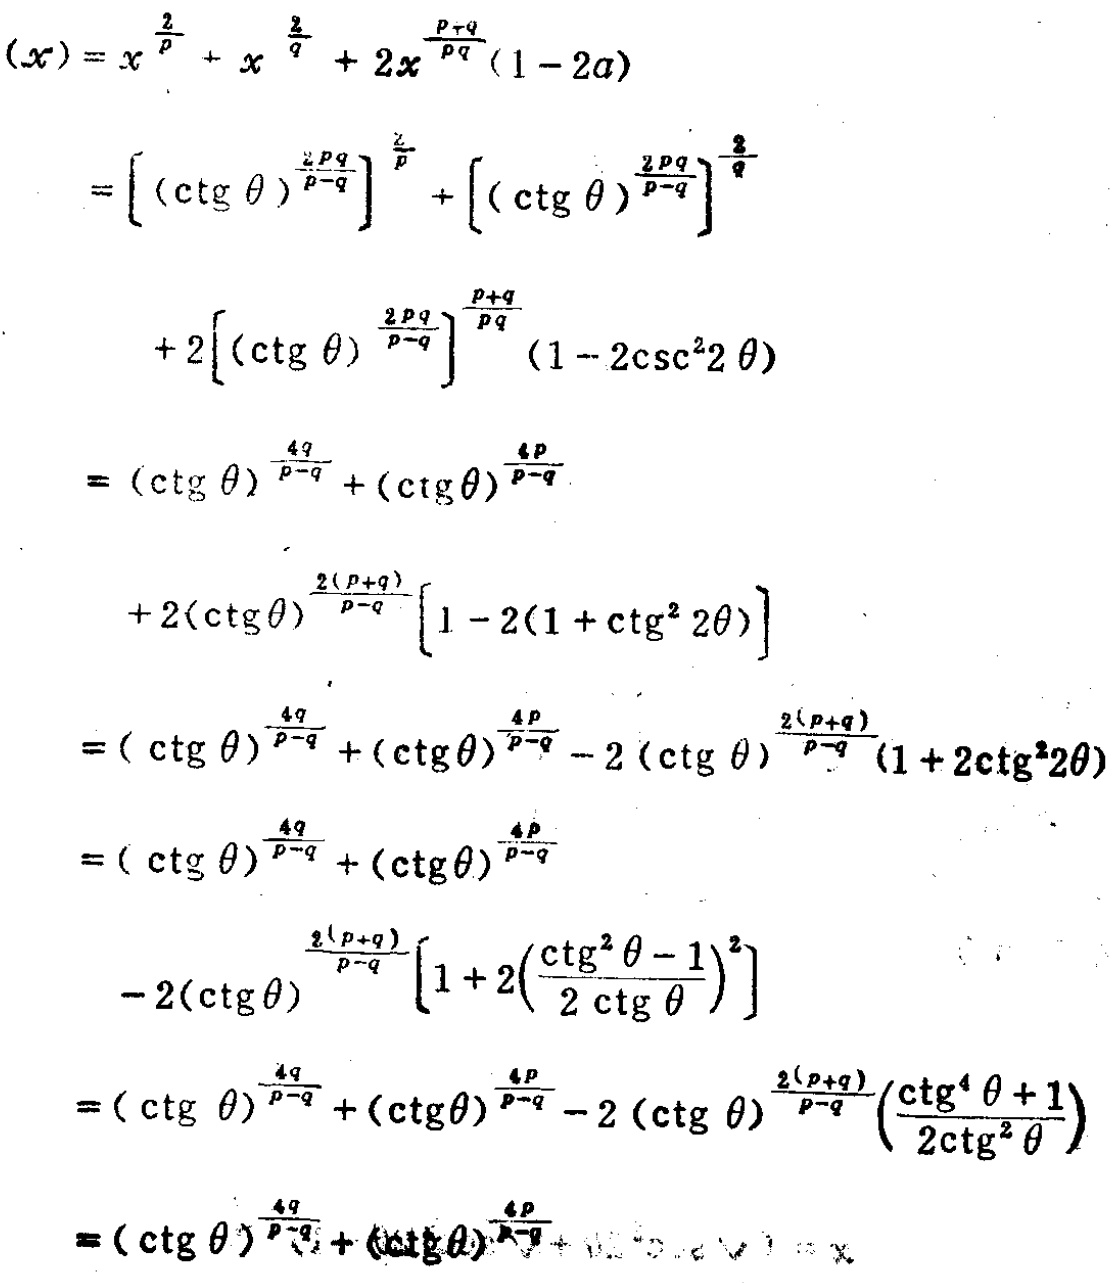
\begin{align*}
(x)&=x^{\frac{2}{p}} + x^{\frac{2}{q}} + 2x^{\frac{p + q}{pq}}(1 - 2a)\\
&=\left[(\ctg\theta)^{\frac{2pq}{p - q}}\right]^{\frac{2}{p}}+\left[(\ctg\theta)^{\frac{2pq}{p - q}}\right]^{\frac{2}{q}}\\
&\quad+2\left[(\ctg\theta)^{\frac{2pq}{p - q}}\right]^{\frac{p + q}{pq}}(1 - 2\csc^{2}2\theta)\\
&=(\ctg\theta)^{\frac{4q}{p - q}}+(\ctg\theta)^{\frac{4p}{p - q}}\\
&\quad+2(\ctg\theta)^{\frac{2(p + q)}{p - q}}\left[1 - 2(1+\ctg^{2}2\theta)\right]\\
&=(\ctg\theta)^{\frac{4q}{p - q}}+(\ctg\theta)^{\frac{4p}{p - q}}-2(\ctg\theta)^{\frac{2(p + q)}{p - q}}(1 + 2\ctg^{2}2\theta)\\
&=(\ctg\theta)^{\frac{4q}{p - q}}+(\ctg\theta)^{\frac{4p}{p - q}}\\
&\quad-2(\ctg\theta)^{\frac{2(p + q)}{p - q}}\left[1 + 2\left(\frac{\ctg^{2}\theta-1}{2\ctg\theta}\right)^{2}\right]\\
&=(\ctg\theta)^{\frac{4q}{p - q}}+(\ctg\theta)^{\frac{4p}{p - q}}-2(\ctg\theta)^{\frac{2(p + q)}{p - q}}\left(\frac{\ctg^{4}\theta + 1}{2\ctg^{2}\theta}\right)\\
&=(\ctg\theta)^{\frac{4q}{p - q}}+(\ctg\theta)^{\frac{4p}{p - q}}+\cdots=x
\end{align*}